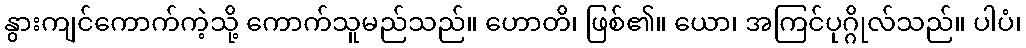
နွားကျင်ကောက်ကဲ့သို့ ကောက်သူမည်သည်။ ဟောတိ၊ ဖြစ်၏။ ယော၊ အကြင်ပုဂ္ဂိုလ်သည်။ ပါပံ၊